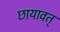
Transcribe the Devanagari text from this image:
छायावत्‌